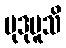
မုဒုမူသိ